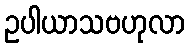
ဥပါယာသဗဟုလာ